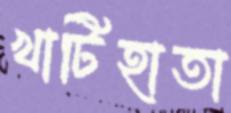
খাটিহাতা